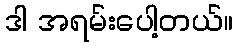
ဒါ အရမ်းပေါ့တယ်။